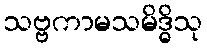
သဗ္ဗကာမသမိဒ္ဓိသု